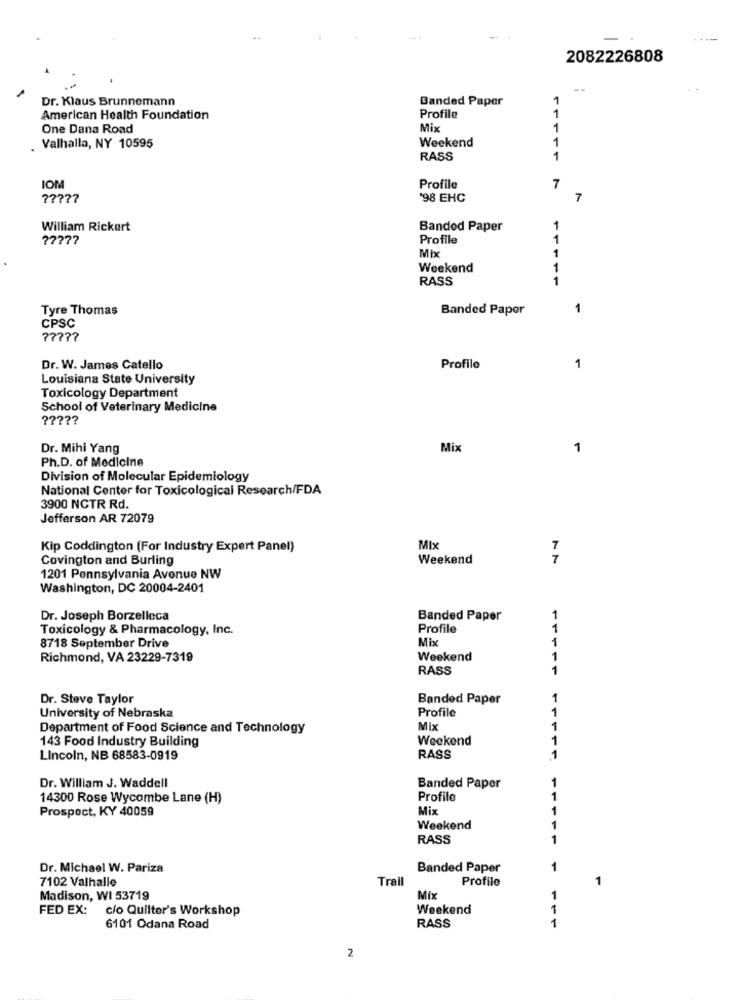
---
2082226808
--
Dr. Klaus Brunnemann
Banded Paper
1
1
American Health Foundation
Profile
One Dana Road
Mix
1
Weekend
1
. Valhalla, NY 10595
RASS
1
IOM
Profile
7
77777
'98 EHC
7
William Rickert
Banded Paper
-
77777
Profile
1
Mix
Weekend
RASS
11
Tyre Thomas
Banded Paper
1
CPSC
Dr. W. James Catello
Profile
1
Louisiana State University
Toxicology Department
School of Veterinary Medicine
?????
Dr. Mihi Yang
Mix
1
Ph.D. of Medicine
Division of Molecular Epidemiology
National Center for Toxicological Research/FDA
3900 NCTR Rd.
Jefferson AR 72079
Kip Coddington (For Industry Expert Panel)
Mix
7
Covington and Burling
Weekend
7
1201 Pennsylvania Avenue NW
Washington, DC 20004-2401
Dr. Joseph Borzelleca
Banded Paper
1
Toxicology & Pharmacology, Inc.
Profile
1
Mix
1
8718 September Drive
Richmond, VA 23229-7319
Weekend
1
RASS
1
Dr. Steve Taylor
Banded Paper
Profile
University of Nebraska
Department of Food Science and Technology
Mix
143 Food Industry Building
Weekend
Lincoln, NB 68583-0919
RASS
11
Dr. William J. Waddell
Banded Paper
14300 Rose Wycombe Lane (H)
Profile
11
Prospect, KY 40059
Mix
Weekend
RASS
Dr. Michael W. Pariza
Banded Paper
1
7102 Valhalle
Trail
Profile
-
Madison, WI 53719
Mix
1
FED EX:
c/o Quilter's Workshop
Weekend
6101 Odana Road
RASS
2